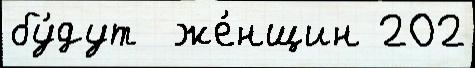
бу́дут  же́нщин 202